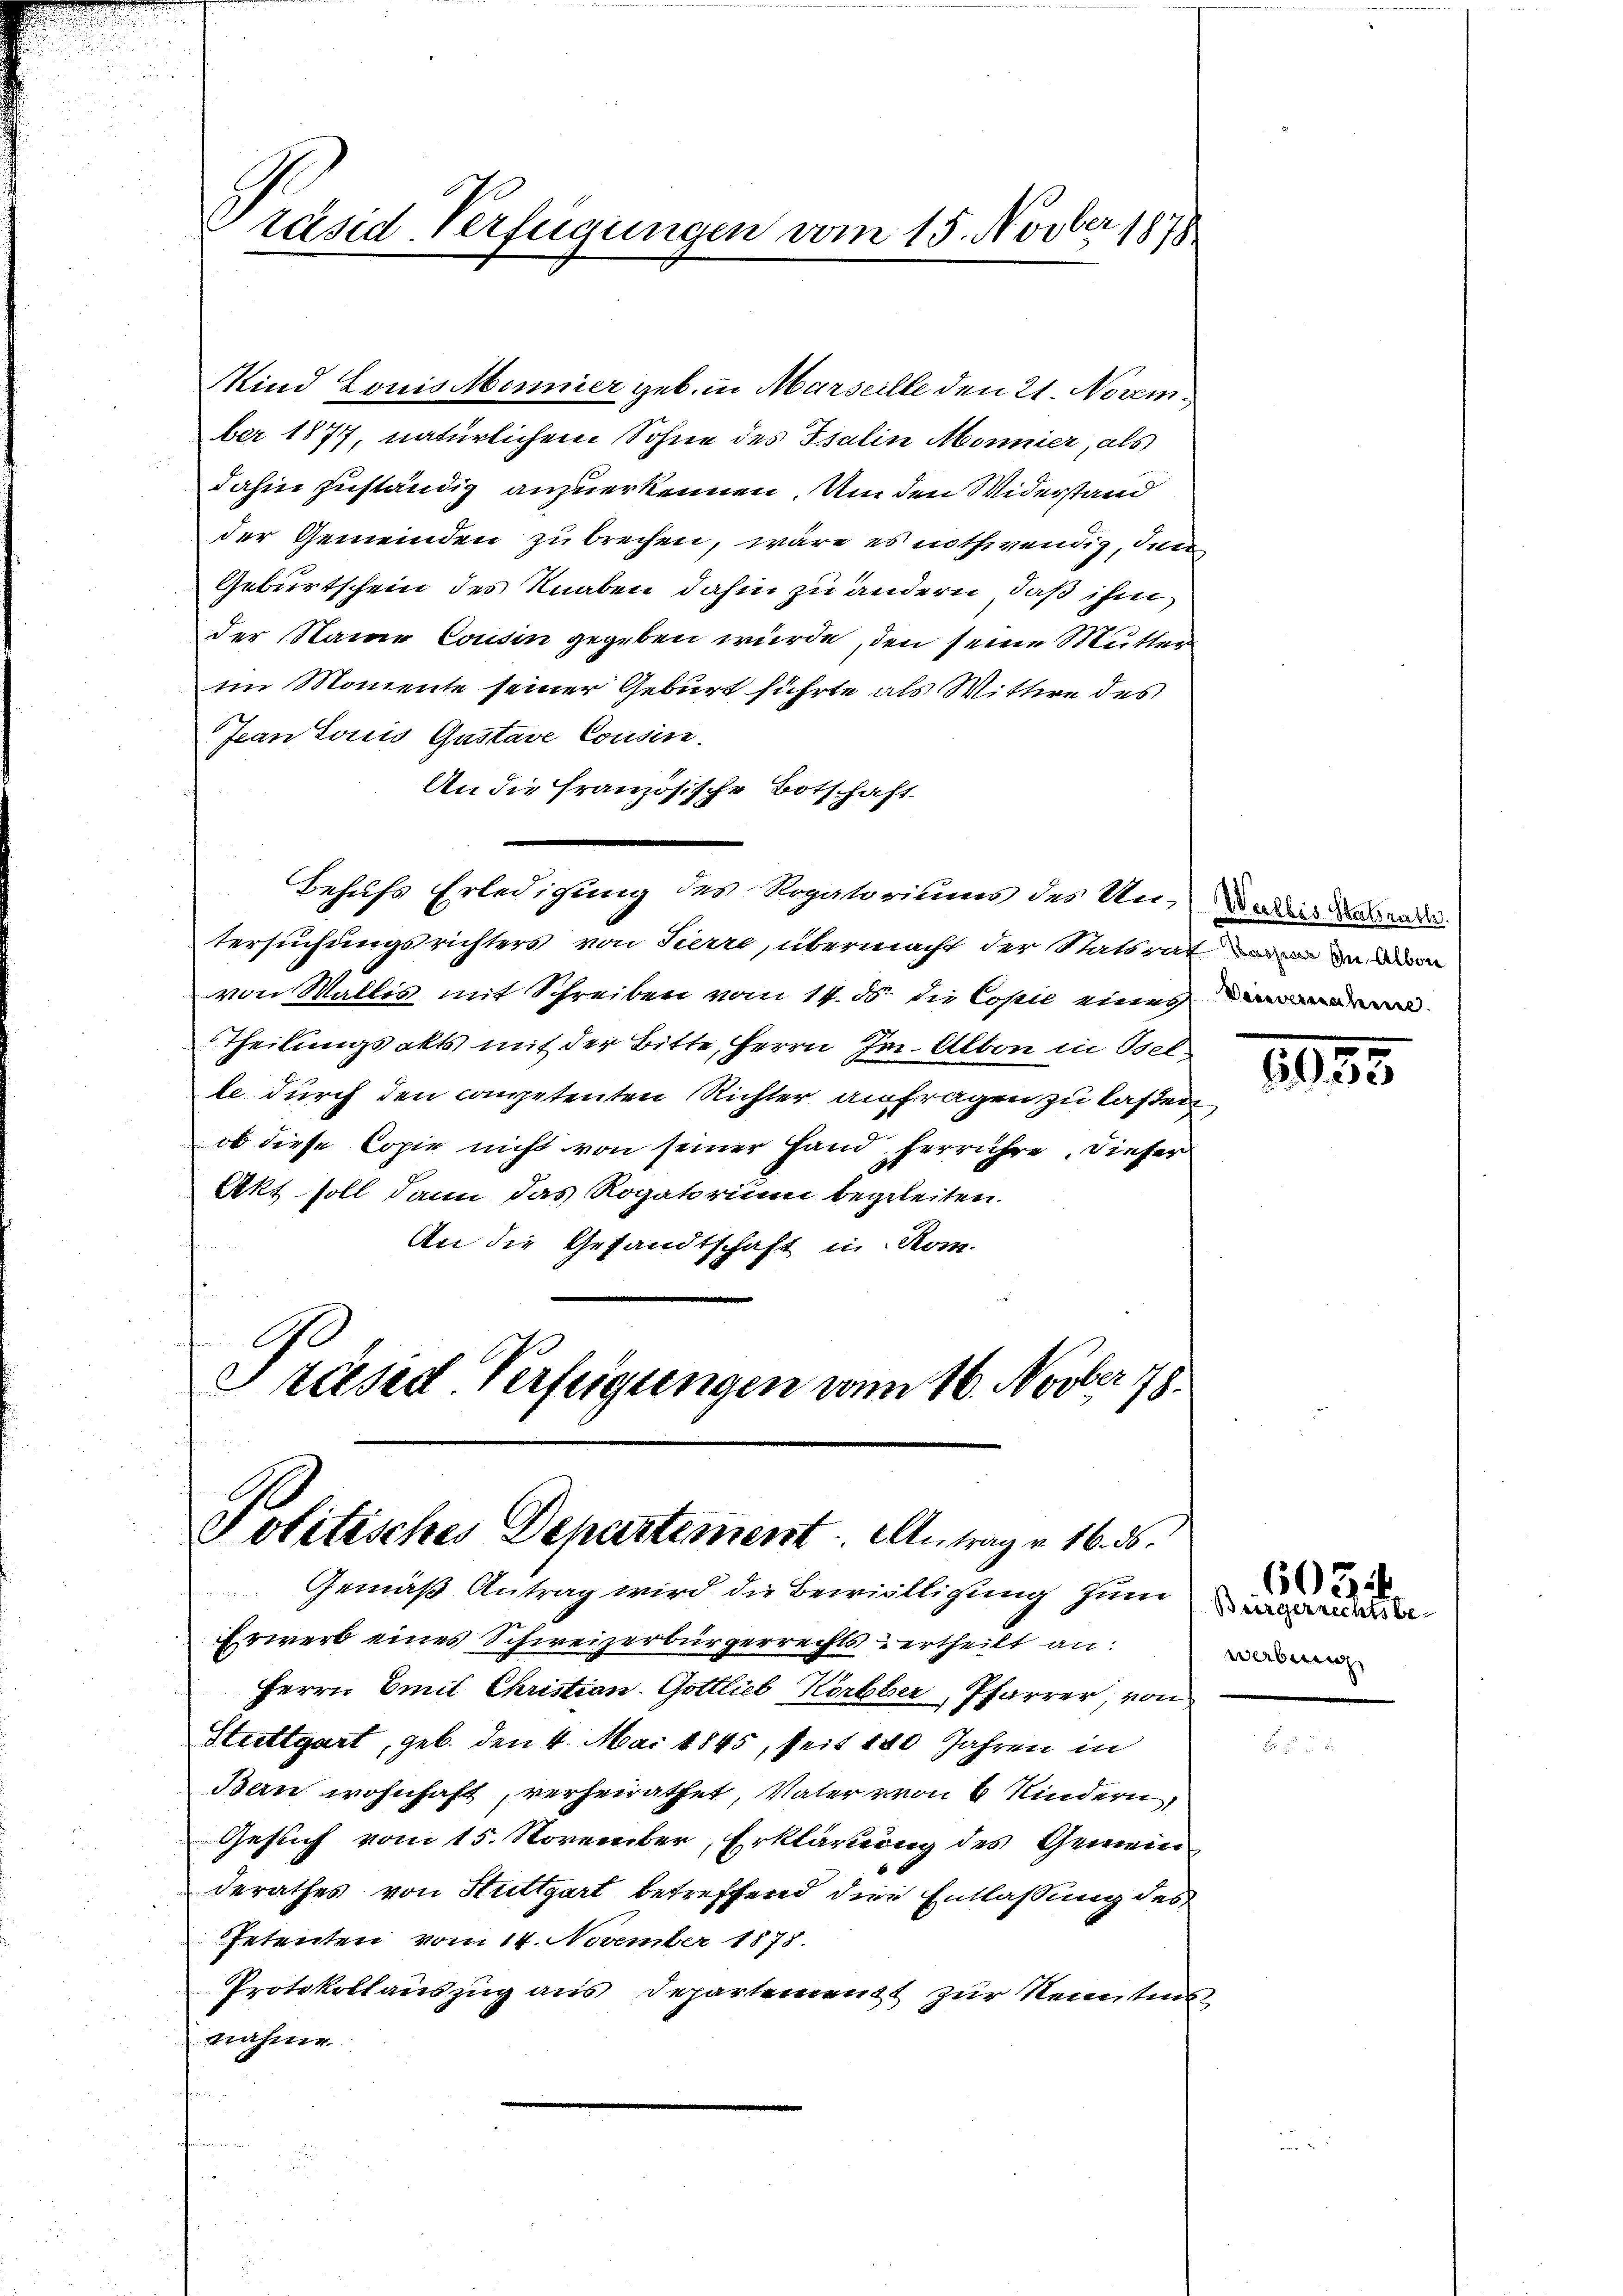
räsid-Verfügungen vom 15. Novber 1878

Kind Louis Monnier geb. in Marseille den 21. November 1877, natürlichem Sohne des Isalin Mönnier, als
dahin zuständig anzuerkennen. Um den Widerstand
der Gemeinden zu brechen, wäre es nothwendig, den
Geburtschein des Knaben dahin zu ändern, daß ihm
der Name Cousin gegeben würde, den seine Mutter
im Momente seiner Geburt führte als Wittwe des
Jeanzonis Gustave Cousin.
An die französische Botschaft.
Behufs Erledigung des Rogatoriums des Un- oder das ande
tersuchungsrichters von Tierre, übermacht der Statsrat den
von Wallis mit Schreiben vom 14. ds. die Copie eines
Theilungsakts mit der Bitte, Herrn Im. Albon in Osel-
le durch den competenten Richter anfragen zu laßen
ob diese Copie nicht von seiner Hand herrühre. Dieser
Akt soll dann das Rogatorium begeleiten.
An die Gesandtschaft in Rom.
Präsid Verfügungen vom 16. Novber 18.

Politisches Departement. Antrag v. 16. ds.

Erwerb eines Schweizerbürgerrechts ertheilt an:
Herrn Emil Christian-Gottlieb Körbber, Pfarrer, von
Stuttgart, geb. den 4. Mai 1845, seit 180 Jahren in
Bern wohnhaft, verheirathet, Vater von 6 Kindern,
Gesuch vom 15. November, Erklärung des Gemeinderathes von Stuttgart betreffend die Entlassung des
Petenten vom 14. November 1878.
Protokollauszug aus Departement zur Kennten
nahme

Gemäß Antrag wird die Bewilligung zum

1835.

werbung

6034